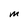
Character: m